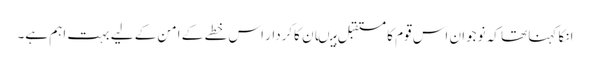
انکا کہنا تھا کہ نوجوان اس قوم کا مستقبل ہیںان کاکردار اس خطے کے امن کے لیے بہت اہم ہے۔